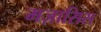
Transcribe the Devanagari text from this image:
मज़ासिस